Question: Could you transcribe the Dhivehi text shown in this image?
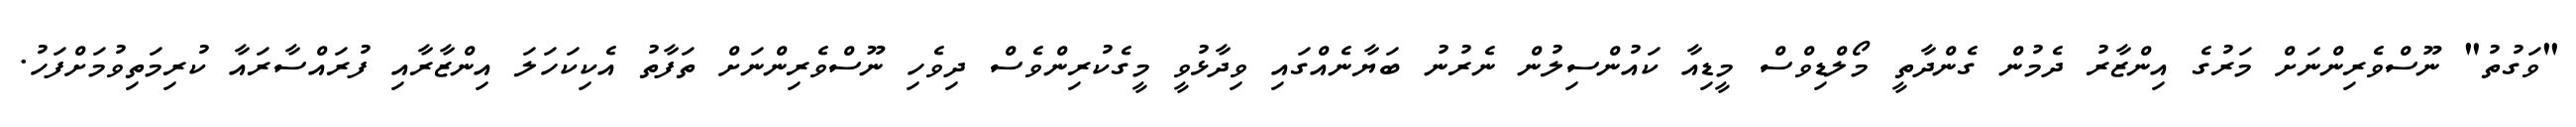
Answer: "ވަގުތު" ނޫސްވެރިންނަށް މަރުގެ އިންޒާރު ދެމުން ގެންދާތީ މޯލްޑިވްސް މީޑިއާ ކައުންސިލުން ނެރުނު ބަޔާނެއްގައި ވިދާޅުވީ މީގެކުރިންވެސް ދިވެހި ނޫސްވެރިންނަށް ތަފާތު އެކިކަހަލަ އިންޒާރާއި ފުރައްސާރައާ ކުރިމަތިވުމަށްފަހު.